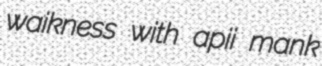
waikness with apii mank